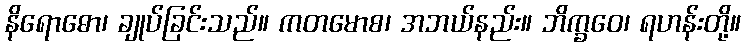
နိရောဓော၊ ချုပ်ခြင်းသည်။ ကတမောစ၊ အဘယ်နည်း။ ဘိက္ခဝေ၊ ရဟန်းတို့။